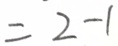
= 2 - 1